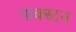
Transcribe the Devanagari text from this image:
पाक्स्टन